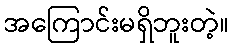
အကြောင်းမရှိဘူးတဲ့။